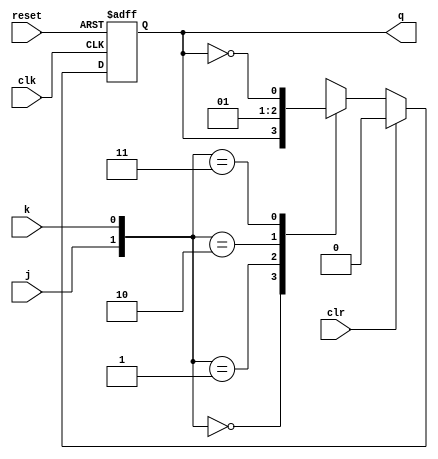
module jk_latch (
    input wire clk,
    input wire reset,
    input wire j,
    input wire k,
    input wire clr,
    output reg q
);

always @ (posedge clk or posedge reset)
begin
    if (reset)
        q <= 1'b0;
    else if (clr)
        q <= 1'b0;
    else
        case ({j, k})
            2'b00: // latch retains current state
                q <= q;
            2'b01: // reset to low state
                q <= 1'b0;
            2'b10: // set to high state
                q <= 1'b1;
            2'b11: // toggle state
                q <= ~q;
        endcase
end

endmodule